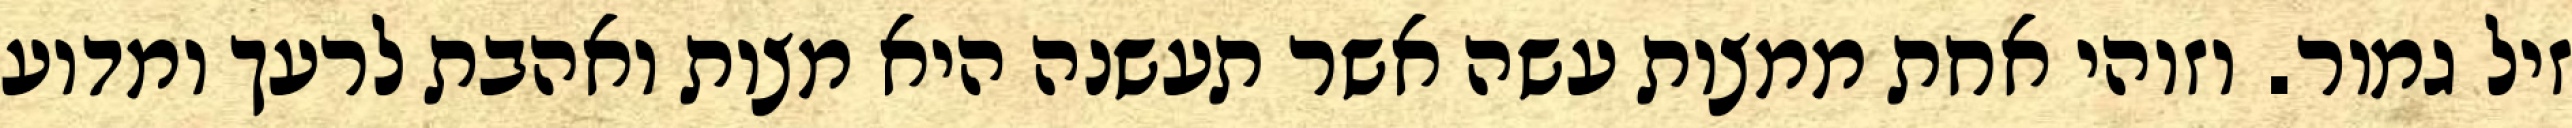
זיל גמור. וזוהי אחת ממצות עשה אשר תעשנה היא מצות ואהבת לרעך ומדוע